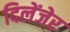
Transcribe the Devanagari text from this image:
दिलेंजेर